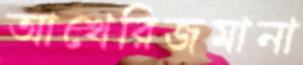
আখেরিজমানা